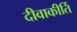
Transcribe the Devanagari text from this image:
दीवाकीर्ति